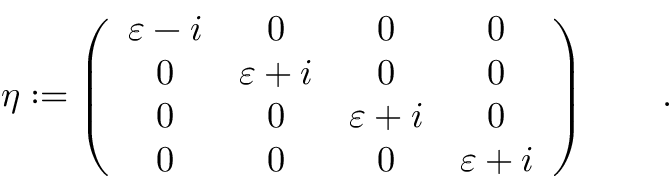
\eta : = \left( \begin{array} { c c c c } { { \varepsilon - i } } & { { 0 } } & { { 0 } } & { { 0 } } \\ { { 0 } } & { { \varepsilon + i } } & { { 0 } } & { { 0 } } \\ { { 0 } } & { { 0 } } & { { \varepsilon + i } } & { { 0 } } \\ { { 0 } } & { { 0 } } & { { 0 } } & { { \varepsilon + i } } \end{array} \right) \qquad .